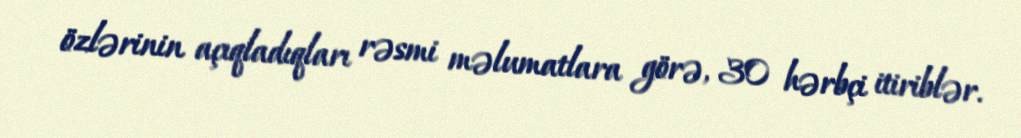
özlərinin açıqladıqları rəsmi məlumatlara görə, 30 hərbçi itiriblər.